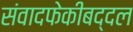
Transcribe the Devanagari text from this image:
संवादफेकीबद्दल